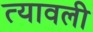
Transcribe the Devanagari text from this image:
त्यावली